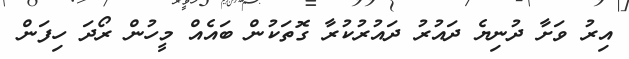
އިރު ވަށާ ދުނިޔެ ދައުރު ދައުރުކުރާ ގޮތަކުން ބައެއް މީހުން ރޯދަ ހިފަން